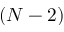
( N - 2 )